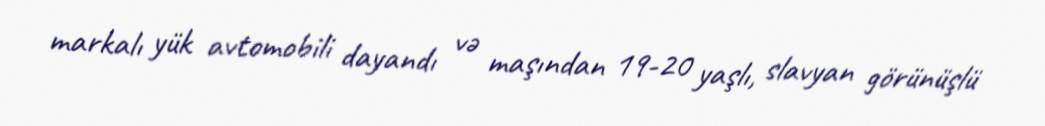
markalı yük avtomobili dayandı və maşından 19-20 yaşlı, slavyan görünüşlü